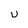
Character: U